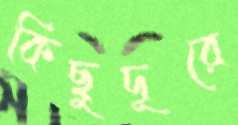
কিছুদূরে